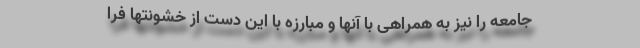
جامعه را نیز به همراهی با آنها و مبارزه با این دست از خشونتها فرا